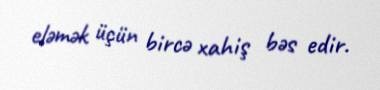
eləmək üçün bircə xahiş bəs edir.